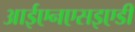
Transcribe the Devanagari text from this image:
आईएनएसइएडी